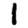
Digit: 1